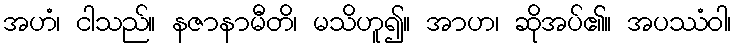
အဟံ၊ ငါသည်။ နဇာနာမီတိ၊ မသိဟူ၍။ အာဟ၊ ဆိုအပ်၏။ အပဿံဝါ၊